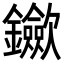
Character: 𨰇